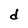
Character: d